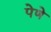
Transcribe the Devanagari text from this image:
पेणे